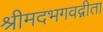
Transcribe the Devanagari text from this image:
श्रीमदभगवद्गीता